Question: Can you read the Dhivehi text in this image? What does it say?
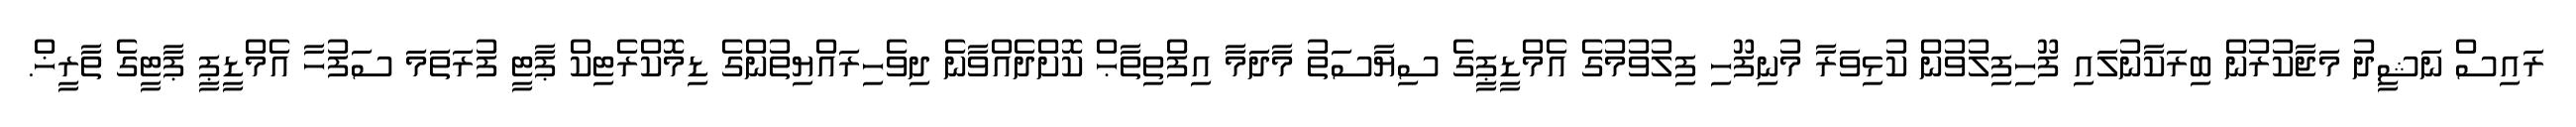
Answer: ރައިސް ނަޝީދު މަޖާކުރުން ބިރަކާނުލައި ފޫހިފިލުވުން ކުޅިވަރާ މުނިފޫހި ފިލުވުމުގެ އެމްޑީޕީގެ ސިޔާސަތު މާދަމާ އިފްތިތާޙް ކޮށްދެއްވާނެ ދިވެހިރައްޔިތުންގެ ޑިމޮކްރެޓިކް ޕާޓީ ފުރަތަމަ ސަފުހާ އެމްޑީޕީ ޕާޓީގެ ތާރީޚް.